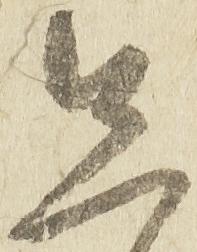
先